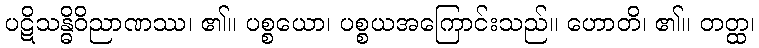
ပဋိသန္ဓိဝိညာဏဿ၊ ၏။ ပစ္စယော၊ ပစ္စယအကြောင်းသည်။ ဟောတိ၊ ၏။ တတ္ထ၊